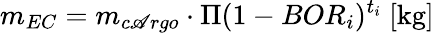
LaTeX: m_{EC}=m_{c\mathscr{A}rgo}\cdot\Pi{(1-BOR_{i})^{t_{i}}}\ [\mathrm{{kg}}]